65_HS1-834228961_62-HQ-83894_Section_7
Agency: FBI
Page 148
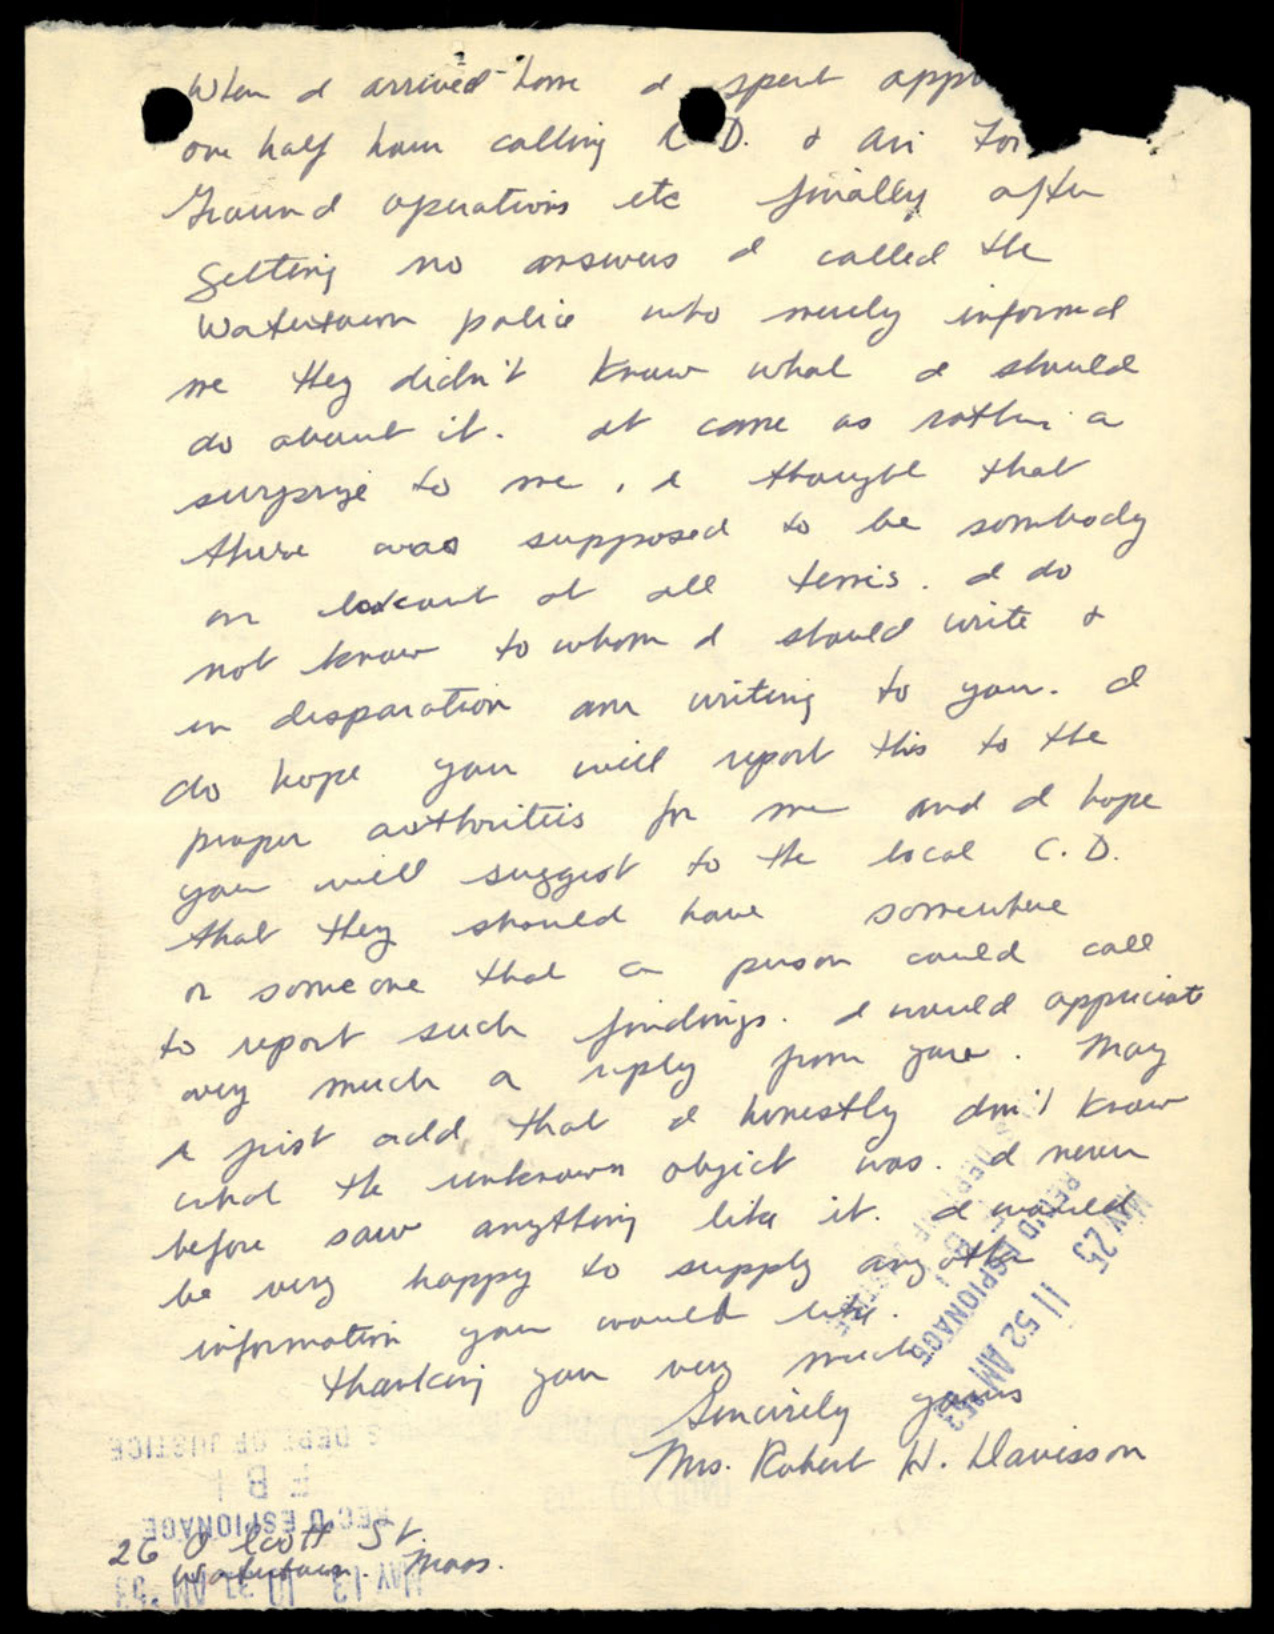